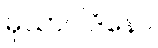
မုသာဝါဒိနော